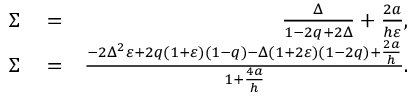
\begin{array} { r l r } { \Sigma } & { { } = } & { \frac { \Delta } { 1 - 2 q + 2 \Delta } + \frac { 2 a } { h \varepsilon } , } \\ { \Sigma } & { { } = } & { \frac { - 2 \Delta ^ { 2 } \varepsilon + 2 q ( 1 + \varepsilon ) ( 1 - q ) - \Delta ( 1 + 2 \varepsilon ) ( 1 - 2 q ) + \frac { 2 a } { h } } { 1 + \frac { 4 a } { h } } . } \end{array}